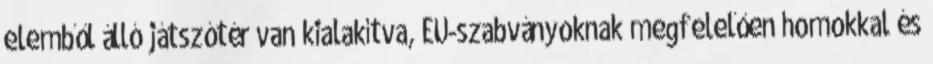
elemből álló játszótér van kialakítva, EU-szabványoknak megfelelően homokkal és